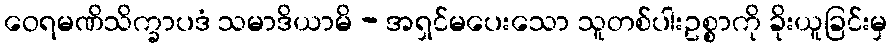
ဝေရမဏိသိက္ခာပဒံ သမာဒိယာမိ - အရှင်မပေးသော သူတစ်ပါးဥစ္စာကို ခိုးယူခြင်းမှ